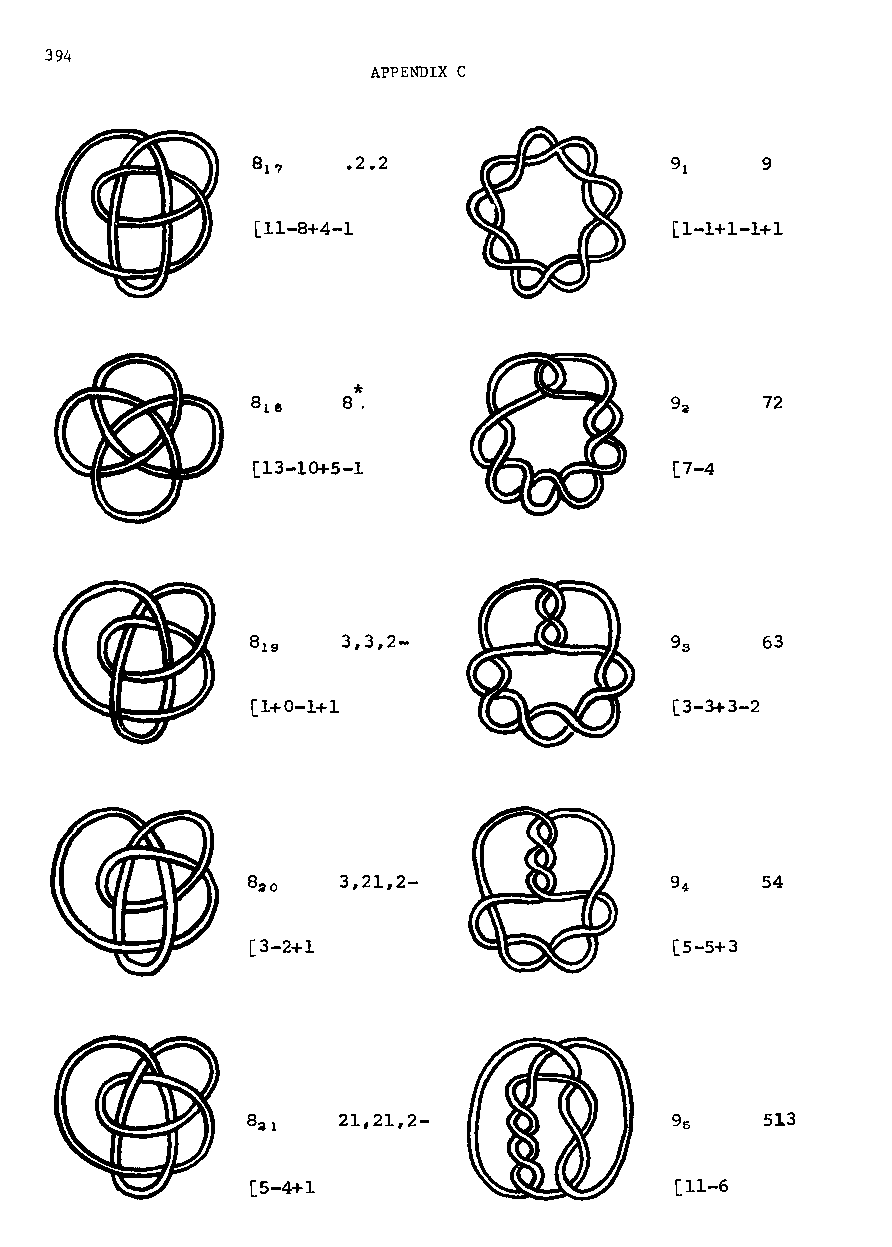
394
 APPENDIX C
 .2.2                       9
 [11-8+4-1                   [1-1+1-1+1
 *
 8.                          72
 [13-10+5-1                  [7-4
 3,3,2-                     63
 [1+0-1+1                    [3-3+3-2
 8~o   3,21,2-                     54
 [3-2+1                       [5-5+3
 8~1   21,21,2-                     513
 [5-4+1                      [11-6